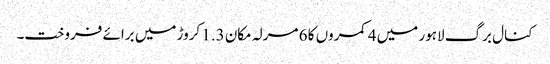
کنال برگ لاہور میں 4 کمروں کا 6 مرلہ مکان 1.3 کروڑ میں برائے فروخت۔